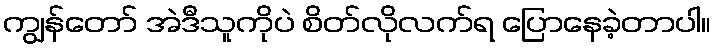
ကျွန်တော် အဲဒီသူကိုပဲ စိတ်လိုလက်ရ ပြောနေခဲ့တာပါ။